Annual statistical returns and brief notes on vaccination in Bengal - 1887-1898
Year: 1887
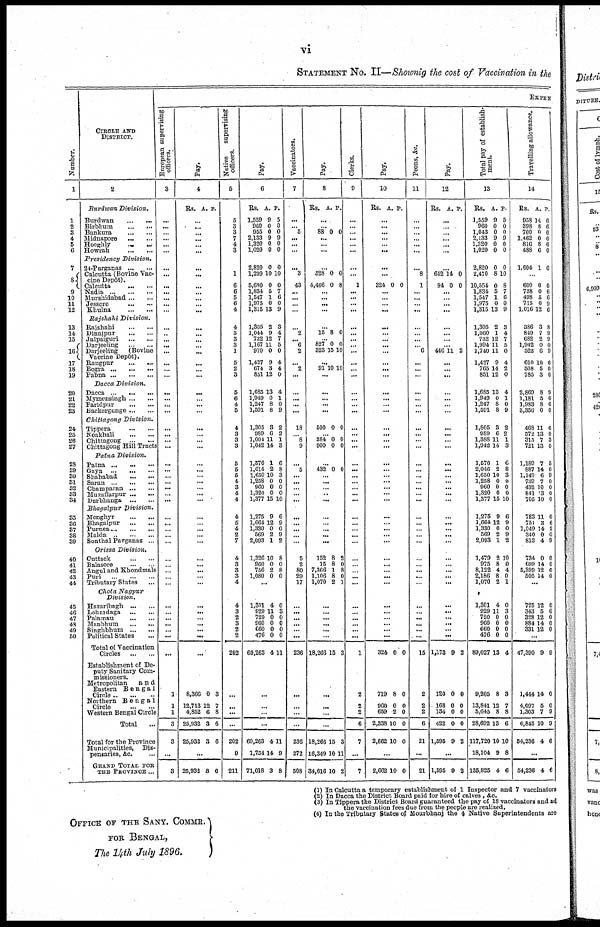
vi
STATEMENT No. II—Shownig the cost of Vaccination in the
Number.
1
1
2
3
4
5
6
7
8
9
10
11
12
13
14
15
16
17
18
19
20
21
22
23
24
25
26
27
23
29
30
81
32
33
34
35
36
37
38
39
40
41
42
43
44
45
46
47
48
49
50
CIRCLE AND
DISTRICT.
2
Burdwan
Division.
Burdwan...
...
Birbhum...
...
Bankura...
...
Midnapore...
...
Hooghly...
...
Howrah...
...
Presidency
Division.
24-Parganas...
...
Calcutta (Bovine vac-
cine Depôt).
Calcutta...
...
Nadia...
...
Murshidabad...
...
Jessore...
...
Khulna...
...
Rajshahi
Division.
Rajshahi...
...
Dinajpur...
...
Jalpaiguri...
...
Darjeeling...
...
Darjeeling
(Bovine
Vaccine Depôt).
Rangpur...
...
Bogra...
...
Pabna...
...
Dacca
Division.
Dacca...
...
Mymensingh...
...
Faridpur...
...
Backergunge...
...
Chittagong
Division.
Tippera...
...
Noakhali...
...
Chittagong...
...
Chittagong Hill Tracts
Patna
Division.
Patna ... ... ... ... ...
Gaya... ... ... ...
Shahabad... ... ...
Saran... ... ... ...
Champaran... ... ...
Muzaffarpur... ... ...
Darbhanga...
...
Bhagalpur
Division.
Monghyr...
...
...
Bhagalpur...
...
Purnea...
...
Malda...
...
Sonthal Parganas... ...
Orissa
Division.
Cuttack...
...
Balasore...
...
Angul and Khondmals
Puri...
...
Tributary States... ...
Chota
Nagpur
Division.
Hazaribagh...
...
Lohaidaga...
...
Palamau...
...
Manbhum...
...
Singhbhum...
...
Political States...
Total of Vaccination
Circles
...
...
Establishment of De-
puty Sanitary Com-
missioners.
Metropolitan
a n d
Eastern
Bengal
Circle ... ... ...
Northern
Bengal
Circle
...
...
Western Bengal Circle
Total...
Total for the Province
Municipalities,
Dis-
pensaries, &c. ...
GRAND TOTAL FOR
THE PROVINCE ...
EXPEN
European supervising
officers.
3
...
...
...
... ...
...
...
...
...
...
...
...
...
...
...
...
...
...
...
...
...
...
...
...
...
...
...
...
...
...
...
...
...
...
...
...
...
...
...
...
...
...
...
...
...
...
...
...
...
...
...
...
...
1
1
1
3
3
...
3
Pay.
4
Rs. A. P.
...
...
...
...
...
...
...
...
...
...
...
...
...
...
...
...
... ...
...
...
...
...
...
...
...
...
...
...
...
...
...
...
...
...
... ...
...
...
...
...
...
...
...
...
...
...
...
...
...
...
...
...
...
8,366
12,713
4,852
25,932
25,932
0
12
6
3
3
3
7
8
6
6
...
25,932 3 6
Native
supervising
officers.
5
5
3
3
7
4
3
1
6
6
5
6
4
4
3
3
3
1
5
2
3
5
6
4
5
4
3
3
3
5
5
5
4
3
4
4
4
5
4
2
7
4
3
3
3
4
4
3
2
3
2
2
202
...
...
...
...
202
9
211
Pay.
6
Rs.
1,559
960
955
2,133
1,320
1,020
2,820
1,299
5,680
1,834
1,547
1,975
1,315
1,305
1,044
732
1,167
970
1,427
674
851
1,685
1,949
1,247
1,591
1,305
989
1,004
1,042
1,570
1,614
1,650
1,258
960
1,320
1,377
1,275
1,664
1,330
569
2,093
1,326
960
756
1,080
A.
9
0
0
9
0
0
0
10
0
5
1
0
13
2
9
12
11
0
9
3
12
13
0
8
8
3
6
11
14
1
2
10
0
0
0
15
9
12
0
2
1
10
0
2
0
P.
5
0
0
9
0
0
0
10
0
7
6
0
9
3
4
7
5
0
4
4
0
4
1
0
9
2
2
1
3
6
8
3
0
0
0
10
6
9
0
9
2
8
0
8
0
...
1,301
929
720
960
660
476
69,263
4
11
0
0
0
0
4
0
3
0
0
0
0
11
...
...
...
...
69,263
1,754
71,018
4
14
3
11
9
8
Vaccinators.
7
...
... 5
... ...
...
... 3
43
...
...
...
...
...
2
...
6
2
...
2
...
...
...
...
...
18
...
8
9
...
5
...
...
...
...
...
...
...
...
...
...
5
2
80
29
17
...
...
...
...
...
...
236
...
...
...
...
236
272
508
Pay.
8
Rs. A. P.
...
...
88 0 0
... ...
...
...
528
4,466
0
0
0
8
...
...
...
...
...
15 8 0
...
827
323
0
15
0
10
...
91 10 10
...
...
...
...
...
500 0 0
...
384
900
0
0
0
0
...
432 0 0
...
...
... ...
...
...
...
...
...
...
152
15
7,366
1,106
1,070
8
8
1
8
2
2
0
8
0
1
...
...
...
...
...
...
18,266 15 3
...
...
...
...
18,266
16,349
34,616
15
10
10
3
11
2
Clerks.
9
...
...
...
...
...
...
...
...
1
...
...
...
...
...
...
...
...
...
...
...
...
...
...
...
...
...
...
...
...
...
...
...
...
...
...
...
...
...
...
...
...
...
...
...
...
...
...
...
...
...
...
...
1
2
2
2
6
7
...
7
Pay.
10
Rs. A. P.
...
...
... ...
...
...
...
...
324 0 0
...
...
...
...
...
...
...
...
...
...
...
...
...
...
...
...
...
...
...
...
...
...
...
...
...
... ...
...
...
...
...
...
...
...
...
...
...
...
...
...
...
...
...
324
719
960
659
2,338
2,662
0
8
0
2
10
10
0
0
0
0
0
0
...
2,662 10 0
Peons, &c.
11
...
...
...
...
...
...
... 8
1
...
...
...
...
...
...
...
...
6
...
...
...
...
...
...
...
...
...
...
...
...
...
...
...
...
...
...
...
...
...
...
...
...
...
...
...
...
...
...
...
...
...
...
15
2
2
2
6
21
...
21
Pay.
12
Rs. A. P.
...
...
...
...
...
...
...
642
84
14
0
0
0
...
...
...
...
...
...
...
...
446 11 2
...
...
...
...
...
...
...
...
...
...
...
...
...
...
...
...
...
...
...
...
...
...
...
...
...
...
...
...
...
...
...
...
...
...
1,173
120
168
134
422
1,595
9
0
0
0
0
9
2
0
0
0
0
2
...
1,595 9 2
Total pay of establish-
ment.
13
Rs.
1,559
960
1,043
2,133
1,320
1,020
2,820
2,470
10,554
1,834
1,547
1,975
1,315
1,305
1,060
732
1,994
1,740
1,427
765
851
1,685
1,949
1,247
1,591
1,805
989
1,388
1,942
1,570
2,046
1,650
1,258
960
1,320
1,377
1,275
1,664
1,330
569
2,093
1,479
975
8,122
2,186
1,070
1,301
929
720
960
660
476
89,027
9,205
13,841
5,645
28,692
117,720
18,104
135,825
A.
9
0
0
9
0
0
0
8
0
5
1
0
13
2
1
12
11
11
9
14
12
13
0
8
8
3
6
11
14
1
2
10
0
0
0
15
9
12
0
2
1
2
8
4
8
2
4
11
0
0
0
0
13
8
12
8
13
10
9
4
P.
5
0
0
9
0
0
0
10
8
7
6
0
9
3
4
7
5
0
4
2
0
4
1
0
9
2
2
1
3
6
8
3
0
0
0
10
6
9
0
9
2
10
0
4
0
1
0
3
0
0
0
0
4
3
7
8
6
10
8
6
Travelling allowance.
14
Rs.
958
398
700
1,462
816
488
1,604
A.
14
8
0
0
8
6
1
P.
0
6 0
0
6
0
6
...
600
738
498
715
1,016
386
849
682
1,942
522
610
508
785
2,869
1,181
1,983
3,356
468
572
315
721
1,189
887
1,149
739
432
841
705
783
751
1,049
340
813
734
699
5,399
505
0
0
5
0
12
3
7
2
0
6
10
5
3
8
5
8
0
11
13
7
13
7
14
6
7
10
3
10
11
3
14
0
4
0
14
12
14
0
6
6
0
6
8
9
9
0
9
6
0
0
9
6
6
0
6
0
3
0
5
0
9
0
0
0
0
0
6
2
0
9
0
0
0
0
...
725
343
328
884
331
12
5
12
14
12
0
6
0
0
0
...
47,390
1,444
4,097
1,303
6,845
54,236
9
14
5
7
10
4
9
0
0
9
9
6
...
54,236 4 6
(1) In Calcutta a temporary establishment of 1 Inspector and 7 vaccinators
(2) In Dacca the District Board paid for hire of calves, &c.
(3) In Tippera the District Board guaranteed the pay of 18 vaccinators and ad
the vaccination fees due from the people are realized.
(4) In the Tributary States of Mourbhanj the 4 Native Superintendents are
OFFICE OF THE SANY. COMMR.
FOR BENGAL,
The 14th July 1896.